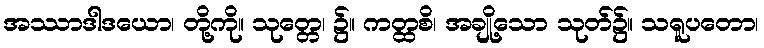
အဿာဒါဒယော၊ တို့ကို။ သုတ္တေ၊ ၌။ ကတ္ထစိ၊ အချို့သော သုတ်၌။ သရူပတော၊